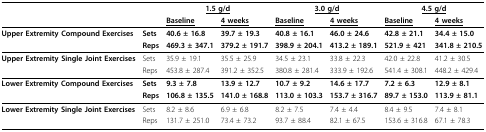
<table><thead><tr><td></td><td></td><td colspan="2"><b><underline>1.5 g/d</underline></b></td><td colspan="2"><b><underline>3.0 g/d</underline></b></td><td colspan="2"><b><underline>4.5 g/d</underline></b></td></tr><tr><td></td><td></td><td><b><underline>Baseline</underline></b></td><td><b><underline>4 weeks</underline></b></td><td><b><underline>Baseline</underline></b></td><td><b><underline>4 weeks</underline></b></td><td><b><underline>Baseline</underline></b></td><td><b><underline>4 weeks</underline></b></td></tr></thead><tbody><tr><td><b>Upper Extremity Compound Exercises</b></td><td><b>Sets</b></td><td><b>40.6 ± 16.8</b></td><td><b>39.7 ± 19.3</b></td><td><b>40.8 ± 16.1</b></td><td><b>46.0 ± 24.6</b></td><td><b>42.8 ± 21.1</b></td><td><b>34.4 ± 15.0</b></td></tr><tr><td></td><td><b>Reps</b></td><td><b>469.3 ± 347.1</b></td><td><b>379.2 ± 191.7</b></td><td><b>398.9 ± 204.1</b></td><td><b>413.2 ± 189.1</b></td><td><b>521.9 ± 421</b></td><td><b>341.8 ± 210.5</b></td></tr><tr><td><b>Upper Extremity Single Joint Exercises</b></td><td>Sets</td><td>35.9 ± 19.1</td><td>35.5 ± 25.9</td><td>34.5 ± 23.1</td><td>33.8 ± 22.3</td><td>42.0 ± 22.8</td><td>41.2 ± 30.5</td></tr><tr><td></td><td>Reps</td><td>453.8 ± 287.4</td><td>391.2 ± 352.5</td><td>380.8 ± 281.4</td><td>333.9 ± 192.6</td><td>541.4 ± 308.1</td><td>448.2 ± 429.4</td></tr><tr><td><b>Lower Extremity Compound Exercises</b></td><td><b>Sets</b></td><td><b>9.3 ± 7.8</b></td><td><b>13.9 ± 12.7</b></td><td><b>10.7 ± 9.2</b></td><td><b>14.6 ± 17.7</b></td><td><b>7.2 ± 6.3</b></td><td><b>12.9 ± 8.1</b></td></tr><tr><td></td><td><b>Reps</b></td><td><b>106.8 ± 135.5</b></td><td><b>141.0 ± 168.8</b></td><td><b>113.0 ± 103.3</b></td><td><b>153.7 ± 316.7</b></td><td><b>89.7 ± 153.0</b></td><td><b>113.9 ± 81.1</b></td></tr><tr><td><b>Lower Extremity Single Joint Exercises</b></td><td>Sets</td><td>8.2 ± 8.6</td><td>6.9 ± 6.8</td><td>8.2 ± 7.5</td><td>7.4 ± 4.4</td><td>8.4 ± 9.5</td><td>7.4 ± 8.1</td></tr><tr><td></td><td>Reps</td><td>131.7 ± 251.0</td><td>73.4 ± 73.2</td><td>93.7 ± 88.4</td><td>82.1 ± 67.5</td><td>153.6 ± 316.8</td><td>67.1 ± 78.3</td></tr></tbody></table>